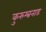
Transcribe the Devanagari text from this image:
कुरुम्ब्रनाड